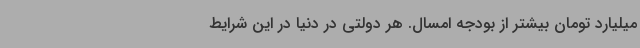
میلیارد تومان بیشتر از بودجه امسال. هر دولتی در دنیا در این شرایط